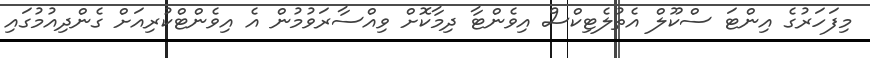
މިފަހަރުގެ އިންޓަ ސްކޫލް އެތުލެޓިކްސް އިވެންޓާ ދިމާކޮށް ވިއްސާރަވުމުން އެ އިވެންޓްކުރިއަށް ގެންދިއުމުގައި